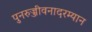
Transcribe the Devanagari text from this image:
पुनरुज्जीवनादरम्यान